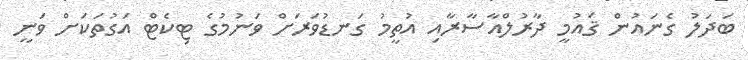
ބަދަލު ގެނައުން ޤައުމީ ދާރުލްއާސާރާއި އުތީމު ގަނޑުވަރަށް ވަނުމުގެ ޓިކެޓް އަގުތަކަށް ވަނީ